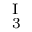
_ { \mathrm { ~ 3 ~ } } ^ { \mathrm { ~ I ~ } }